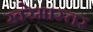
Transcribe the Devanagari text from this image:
खरेमास्तर